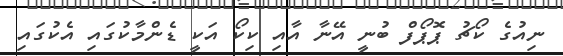
ނިއުގެ ކޯޗު ޕޮޕޯފް ބުނީ އޭނާ އާއި ކިކޯ އަކީ ޑެންމާކުގައި އެކުގައި